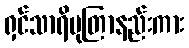
ရှင်သာရိပုတြာနည်းကား